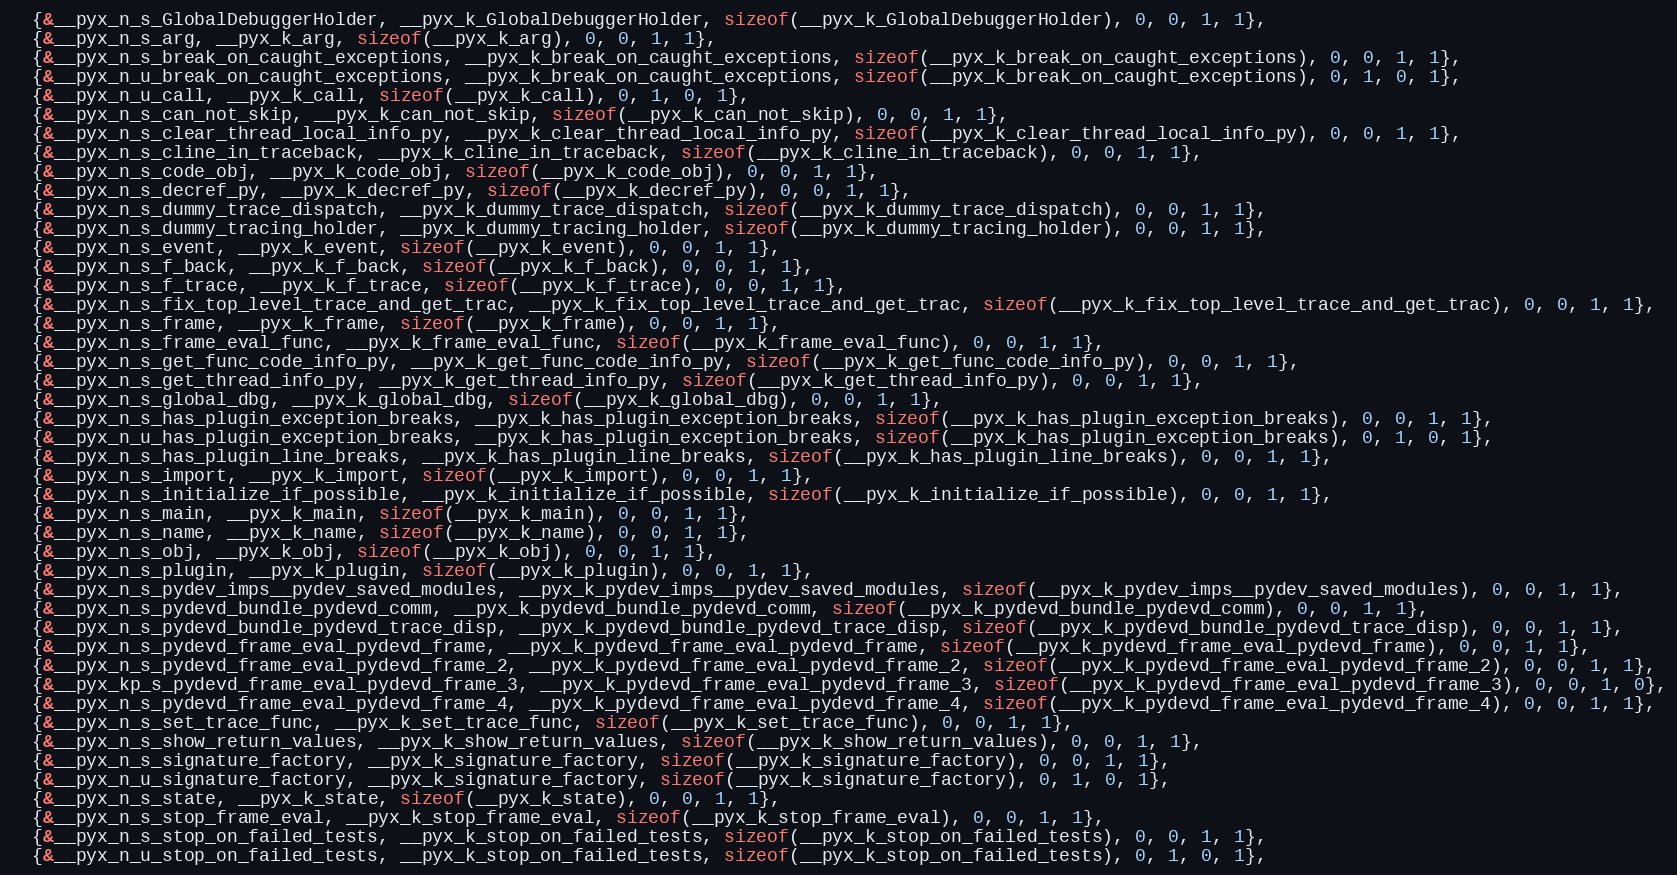
Language: C
  {&__pyx_n_s_GlobalDebuggerHolder, __pyx_k_GlobalDebuggerHolder, sizeof(__pyx_k_GlobalDebuggerHolder), 0, 0, 1, 1},
  {&__pyx_n_s_arg, __pyx_k_arg, sizeof(__pyx_k_arg), 0, 0, 1, 1},
  {&__pyx_n_s_break_on_caught_exceptions, __pyx_k_break_on_caught_exceptions, sizeof(__pyx_k_break_on_caught_exceptions), 0, 0, 1, 1},
  {&__pyx_n_u_break_on_caught_exceptions, __pyx_k_break_on_caught_exceptions, sizeof(__pyx_k_break_on_caught_exceptions), 0, 1, 0, 1},
  {&__pyx_n_u_call, __pyx_k_call, sizeof(__pyx_k_call), 0, 1, 0, 1},
  {&__pyx_n_s_can_not_skip, __pyx_k_can_not_skip, sizeof(__pyx_k_can_not_skip), 0, 0, 1, 1},
  {&__pyx_n_s_clear_thread_local_info_py, __pyx_k_clear_thread_local_info_py, sizeof(__pyx_k_clear_thread_local_info_py), 0, 0, 1, 1},
  {&__pyx_n_s_cline_in_traceback, __pyx_k_cline_in_traceback, sizeof(__pyx_k_cline_in_traceback), 0, 0, 1, 1},
  {&__pyx_n_s_code_obj, __pyx_k_code_obj, sizeof(__pyx_k_code_obj), 0, 0, 1, 1},
  {&__pyx_n_s_decref_py, __pyx_k_decref_py, sizeof(__pyx_k_decref_py), 0, 0, 1, 1},
  {&__pyx_n_s_dummy_trace_dispatch, __pyx_k_dummy_trace_dispatch, sizeof(__pyx_k_dummy_trace_dispatch), 0, 0, 1, 1},
  {&__pyx_n_s_dummy_tracing_holder, __pyx_k_dummy_tracing_holder, sizeof(__pyx_k_dummy_tracing_holder), 0, 0, 1, 1},
  {&__pyx_n_s_event, __pyx_k_event, sizeof(__pyx_k_event), 0, 0, 1, 1},
  {&__pyx_n_s_f_back, __pyx_k_f_back, sizeof(__pyx_k_f_back), 0, 0, 1, 1},
  {&__pyx_n_s_f_trace, __pyx_k_f_trace, sizeof(__pyx_k_f_trace), 0, 0, 1, 1},
  {&__pyx_n_s_fix_top_level_trace_and_get_trac, __pyx_k_fix_top_level_trace_and_get_trac, sizeof(__pyx_k_fix_top_level_trace_and_get_trac), 0, 0, 1, 1},
  {&__pyx_n_s_frame, __pyx_k_frame, sizeof(__pyx_k_frame), 0, 0, 1, 1},
  {&__pyx_n_s_frame_eval_func, __pyx_k_frame_eval_func, sizeof(__pyx_k_frame_eval_func), 0, 0, 1, 1},
  {&__pyx_n_s_get_func_code_info_py, __pyx_k_get_func_code_info_py, sizeof(__pyx_k_get_func_code_info_py), 0, 0, 1, 1},
  {&__pyx_n_s_get_thread_info_py, __pyx_k_get_thread_info_py, sizeof(__pyx_k_get_thread_info_py), 0, 0, 1, 1},
  {&__pyx_n_s_global_dbg, __pyx_k_global_dbg, sizeof(__pyx_k_global_dbg), 0, 0, 1, 1},
  {&__pyx_n_s_has_plugin_exception_breaks, __pyx_k_has_plugin_exception_breaks, sizeof(__pyx_k_has_plugin_exception_breaks), 0, 0, 1, 1},
  {&__pyx_n_u_has_plugin_exception_breaks, __pyx_k_has_plugin_exception_breaks, sizeof(__pyx_k_has_plugin_exception_breaks), 0, 1, 0, 1},
  {&__pyx_n_s_has_plugin_line_breaks, __pyx_k_has_plugin_line_breaks, sizeof(__pyx_k_has_plugin_line_breaks), 0, 0, 1, 1},
  {&__pyx_n_s_import, __pyx_k_import, sizeof(__pyx_k_import), 0, 0, 1, 1},
  {&__pyx_n_s_initialize_if_possible, __pyx_k_initialize_if_possible, sizeof(__pyx_k_initialize_if_possible), 0, 0, 1, 1},
  {&__pyx_n_s_main, __pyx_k_main, sizeof(__pyx_k_main), 0, 0, 1, 1},
  {&__pyx_n_s_name, __pyx_k_name, sizeof(__pyx_k_name), 0, 0, 1, 1},
  {&__pyx_n_s_obj, __pyx_k_obj, sizeof(__pyx_k_obj), 0, 0, 1, 1},
  {&__pyx_n_s_plugin, __pyx_k_plugin, sizeof(__pyx_k_plugin), 0, 0, 1, 1},
  {&__pyx_n_s_pydev_imps__pydev_saved_modules, __pyx_k_pydev_imps__pydev_saved_modules, sizeof(__pyx_k_pydev_imps__pydev_saved_modules), 0, 0, 1, 1},
  {&__pyx_n_s_pydevd_bundle_pydevd_comm, __pyx_k_pydevd_bundle_pydevd_comm, sizeof(__pyx_k_pydevd_bundle_pydevd_comm), 0, 0, 1, 1},
  {&__pyx_n_s_pydevd_bundle_pydevd_trace_disp, __pyx_k_pydevd_bundle_pydevd_trace_disp, sizeof(__pyx_k_pydevd_bundle_pydevd_trace_disp), 0, 0, 1, 1},
  {&__pyx_n_s_pydevd_frame_eval_pydevd_frame, __pyx_k_pydevd_frame_eval_pydevd_frame, sizeof(__pyx_k_pydevd_frame_eval_pydevd_frame), 0, 0, 1, 1},
  {&__pyx_n_s_pydevd_frame_eval_pydevd_frame_2, __pyx_k_pydevd_frame_eval_pydevd_frame_2, sizeof(__pyx_k_pydevd_frame_eval_pydevd_frame_2), 0, 0, 1, 1},
  {&__pyx_kp_s_pydevd_frame_eval_pydevd_frame_3, __pyx_k_pydevd_frame_eval_pydevd_frame_3, sizeof(__pyx_k_pydevd_frame_eval_pydevd_frame_3), 0, 0, 1, 0},
  {&__pyx_n_s_pydevd_frame_eval_pydevd_frame_4, __pyx_k_pydevd_frame_eval_pydevd_frame_4, sizeof(__pyx_k_pydevd_frame_eval_pydevd_frame_4), 0, 0, 1, 1},
  {&__pyx_n_s_set_trace_func, __pyx_k_set_trace_func, sizeof(__pyx_k_set_trace_func), 0, 0, 1, 1},
  {&__pyx_n_s_show_return_values, __pyx_k_show_return_values, sizeof(__pyx_k_show_return_values), 0, 0, 1, 1},
  {&__pyx_n_s_signature_factory, __pyx_k_signature_factory, sizeof(__pyx_k_signature_factory), 0, 0, 1, 1},
  {&__pyx_n_u_signature_factory, __pyx_k_signature_factory, sizeof(__pyx_k_signature_factory), 0, 1, 0, 1},
  {&__pyx_n_s_state, __pyx_k_state, sizeof(__pyx_k_state), 0, 0, 1, 1},
  {&__pyx_n_s_stop_frame_eval, __pyx_k_stop_frame_eval, sizeof(__pyx_k_stop_frame_eval), 0, 0, 1, 1},
  {&__pyx_n_s_stop_on_failed_tests, __pyx_k_stop_on_failed_tests, sizeof(__pyx_k_stop_on_failed_tests), 0, 0, 1, 1},
  {&__pyx_n_u_stop_on_failed_tests, __pyx_k_stop_on_failed_tests, sizeof(__pyx_k_stop_on_failed_tests), 0, 1, 0, 1},